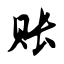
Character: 账